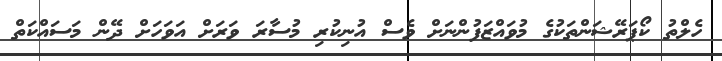
ހެލްތު ކޯޕަރޭޝަންތަކުގެ މުވައްޒަފުންނަށް ވެސް އުނިކުރި މުސާރަ ވަރަށް އަވަހަށް ދޭން މަސައްކަތް